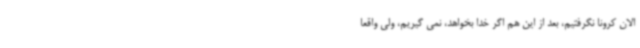
الان کرونا نگرفتیم، بعد از این هم اگر خدا بخواهد، نمی گیریم، ولی واقعا